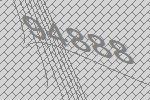
94888